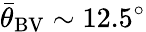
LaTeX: {\bar{\theta}}_{\mathrm{BV}}\sim 12.5^{\circ}